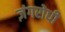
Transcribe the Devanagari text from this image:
ज़ंगरोधी